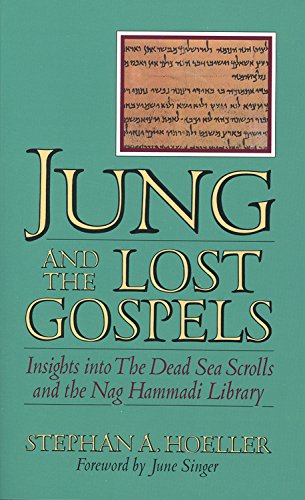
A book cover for Jung and the Lost Gospels: Insights into the Dead Sea Scrolls and the Nag Hammadi Library; Stephan A Hoeller; Christian Books & Bibles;